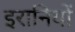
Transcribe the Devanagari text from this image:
इरानियों